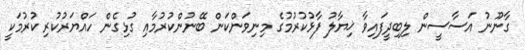
ގާނޫނު އަސާސީން ލިބިދީފައިވާ ޚިޔާލު ފާޅުކުރުމުގެ މިނިވަންކަން ބޭނުންކުރުމާއި ގުޅިގެން ހައްޔަރުކުރި ކުރުމަކީ